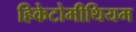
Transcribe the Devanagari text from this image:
हिकेटोमीथियम